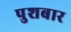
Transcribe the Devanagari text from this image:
पुशबार